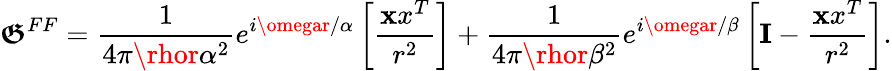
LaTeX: \boldsymbol{\mathfrak{G}}^{FF}=\frac{{1}}{{4\pi\rhor\alpha^{2}}}e^{i\omegar/\alpha}\left[\frac{{{\mathbf{x}x^{T}}}}{{r^{2}}}\right]+\frac{{1}}{{4\pi\rhor\beta^{2}}}e^{i\omegar/\beta}\left[{\mathbf{I}}-\frac{{{\mathbf{x}x^{T}}}}{{r^{2}}}\right].